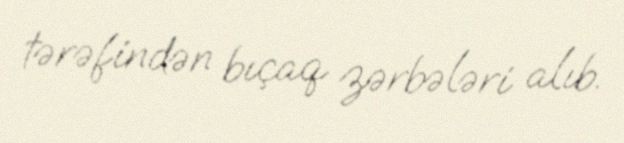
tərəfindən bıçaq zərbələri alıb.